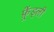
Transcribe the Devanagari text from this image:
फ़्रेंड्ली